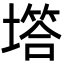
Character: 㙮